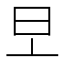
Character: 𣅂